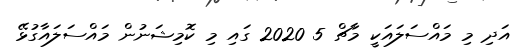
އަދި މި މައްސަލައަކީ މާޗް 5 2020 ގައި މި ކޮމިޝަނުން މައްސަލައާގުޅޭ